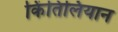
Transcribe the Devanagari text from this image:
किंतिलियान